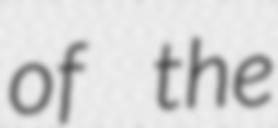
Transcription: of the